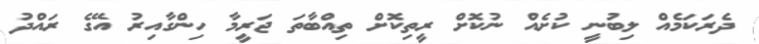
ދެރަކަމެއް ލިބުނީ ކުށެއް ނުކޮށް ރީތިކޮށް ތިއްބާތަ ޖަރީމާ ހިންގާއިރު އޭގެ ރައްދު